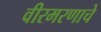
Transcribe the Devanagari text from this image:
वीरमरणाचे